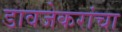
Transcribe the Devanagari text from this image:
डावजेकरांचा